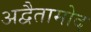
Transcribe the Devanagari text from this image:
अद्वैतामोद